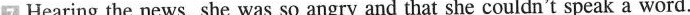
7 Hearing the news, she was so angry and that she couldn't speak a word.